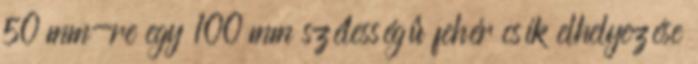
50 mm-re egy 100 mm szélességû fehér csík elhelyezése